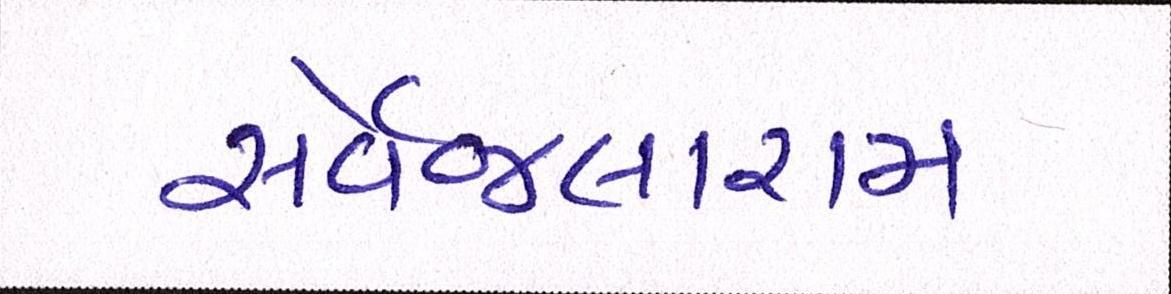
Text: સર્વેજલારામ